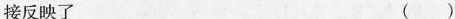
接反映了 ()